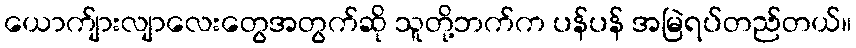
ယောက်ျားလျာလေးတွေအတွက်ဆို သူတို့ဘက်က ပန်ပန် အမြဲရပ်တည်တယ်။